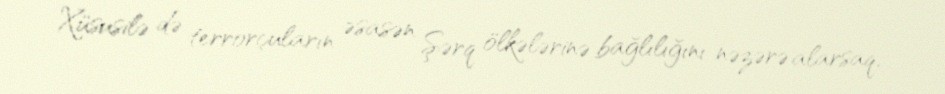
Xüsusilə də terrorçuların əsasən Şərq ölkələrinə bağlılığını nəzərə alarsaq,